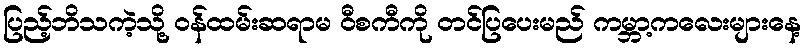
ပြည့်ဘိသကဲ့သို့ ဝန်ထမ်းဆရာမ ဝီစကီကို တင်ပြပေးမည် ကမ္ဘာ့ကလေးများနေ့